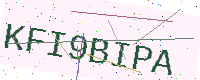
Text: KFI9BIPA